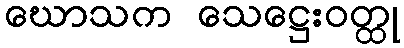
ဃောသက သေဋ္ဌေးဝတ္ထု